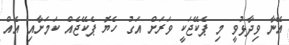
އޭނާ ވިދާޅުވީ މި ޕެކޭޖަކީ ވަރަށް އަގު ހެޔޮ ޕެކޭޖެއް ކަމަށާއި އެއް